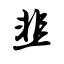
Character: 韭